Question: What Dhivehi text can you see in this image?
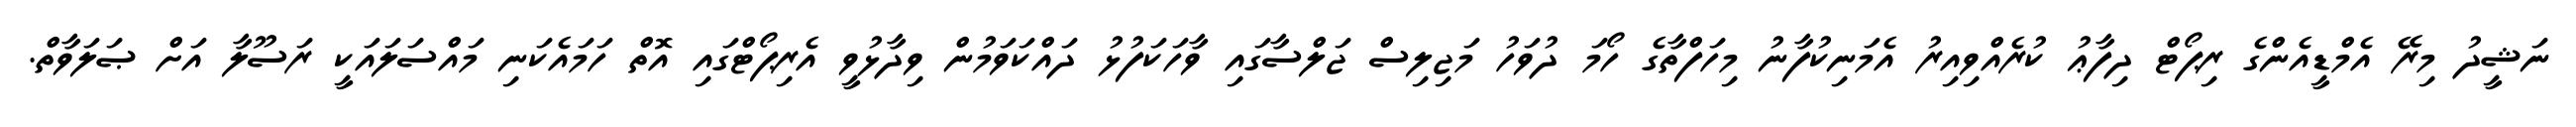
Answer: ނަޝީދު މިރޭ އެމްޑީއެންގެ ރިޕޯޓް ދިފާޢު ކުރެއްވިއިރު އެމަނިކުފާނު މިހަފްތާގެ ހޯމަ ދުވަހު މަޖިލިސް ޖަލްސާގައި ވާހަކަފުޅު ދައްކަވަމުން ވިދާޅުވީ އެރިޕޯޓްގައި އޮތް ހަމައެކަނި މައްސަލައަކީ ރަސޫލާ އަށް ޞަލަވާތް.